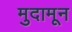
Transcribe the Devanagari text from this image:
मुदामून